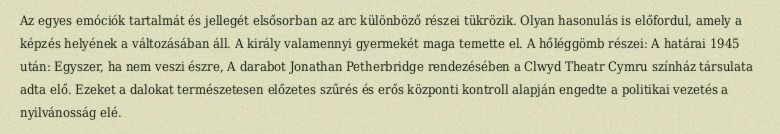
Az egyes emóciók tartalmát és jellegét elsősorban az arc különböző részei tükrözik. Olyan hasonulás is előfordul, amely a képzés helyének a változásában áll. A király valamennyi gyermekét maga temette el. A hőléggömb részei: A határai 1945 után: Egyszer, ha nem veszi észre, A darabot Jonathan Petherbridge rendezésében a Clwyd Theatr Cymru színház társulata adta elő. Ezeket a dalokat természetesen előzetes szűrés és erős központi kontroll alapján engedte a politikai vezetés a nyilvánosság elé.